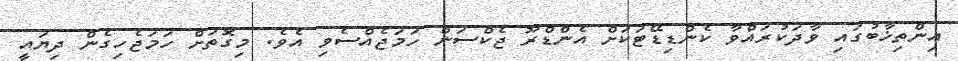
އިންތިޚާބުގައި ވާދަކުރައްވާ ކެންޑިޑޭޓަަކަށް އެންޑްރޫ ޖެކްސަން ހަމަޖެއްސެވި އެވެ. މިގޮތަށް ހަމަޖެހިގެން ދިޔައީ